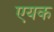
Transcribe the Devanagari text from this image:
एयक